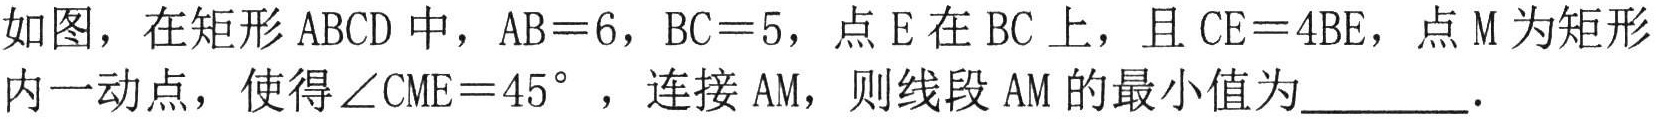
如图，在矩形\(ABCD\)中，\(AB = 6\)，\(BC = 5\)，点\(E\)在\(BC\)上，且\(CE = 4BE\)，点\(M\)为矩形内一动点，使得\(\angle CME = 45^{\circ}\)，连接\(AM\)，则线段\(AM\)的最小值为  ．